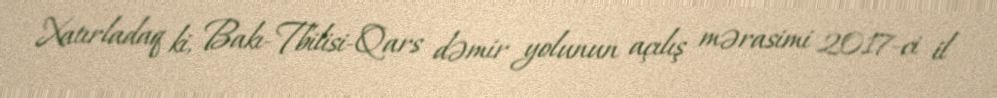
Xatırladaq ki, Bakı-Tbilisi-Qars dəmir yolunun açılış mərasimi 2017-ci il